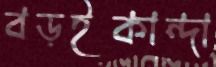
বড়ইকান্দা